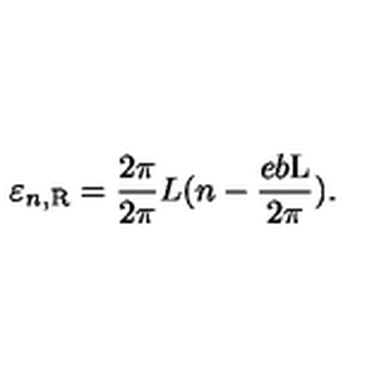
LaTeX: \varepsilon _ { n , \mathrm { R } } = \frac { 2 \pi } { 2 \pi } { L } ( n - \frac { e b \mathrm { L } } { 2 \pi } ) .